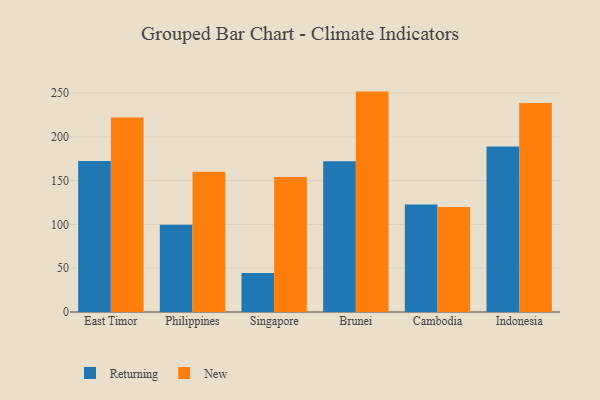
{"axis": {"x": "Country", "y": "Net Income (USD K)"}, "legend": ["New", "Returning"], "data": [{"x": "East Timor", "y": 172.4, "type": "Returning"}, {"x": "East Timor", "y": 222.2, "type": "New"}, {"x": "Philippines", "y": 99.5, "type": "Returning"}, {"x": "Philippines", "y": 160.1, "type": "New"}, {"x": "Singapore", "y": 44.4, "type": "Returning"}, {"x": "Singapore", "y": 154.1, "type": "New"}, {"x": "Brunei", "y": 172.2, "type": "Returning"}, {"x": "Brunei", "y": 251.7, "type": "New"}, {"x": "Cambodia", "y": 122.9, "type": "Returning"}, {"x": "Cambodia", "y": 120.0, "type": "New"}, {"x": "Indonesia", "y": 189.1, "type": "Returning"}, {"x": "Indonesia", "y": 238.6, "type": "New"}]}